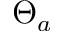
\Theta _ { a }